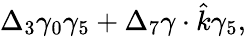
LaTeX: \Delta_{3}\gamma_{0}\gamma_{5}+\Delta_{7}\gamma\cdot\hat{k}\gamma_{5},